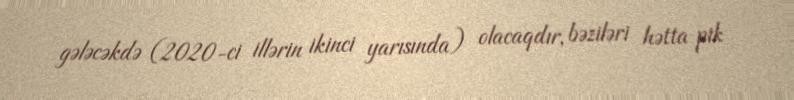
gələcəkdə (2020-ci illərin ikinci yarısında) olacaqdır, bəziləri hətta pik